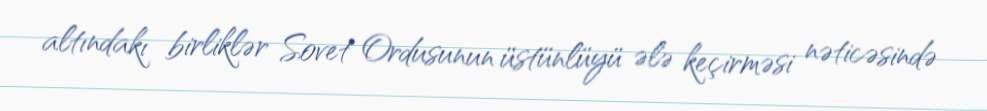
altındakı birliklər Sovet Ordusunun üstünlüyü ələ keçirməsi nəticəsində